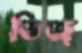
ভিজ্